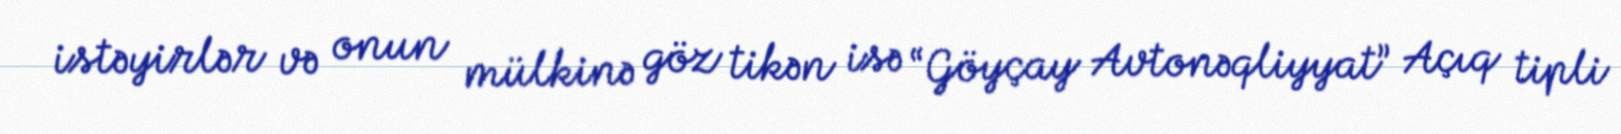
istəyirlər və onun mülkinə göz tikən isə “Göyçay Avtonəqliyyat” Açıq tipli